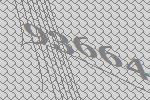
93664